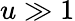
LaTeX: u\gg 1